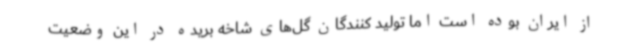
از ایران بوده است اما تولید کنندگان گل‌های شاخه بریده در این وضعیت